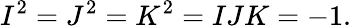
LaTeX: I^{2}=J^{2}=K^{2}=IJK=-1.